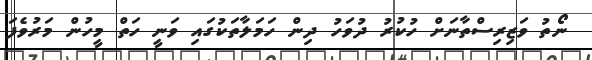
ނޯތު ވަޒިރިސްތާނަށް ހުކުރު ދުވަހު ދިން ހަމަލާތަކުގައި ވަނީ ހަތް މީހުން މަރުވެފަ